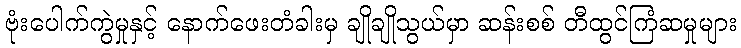
ဗုံးပေါက်ကွဲမှုနှင့် နောက်ဖေးတံခါးမှ ချိုချိုသွယ်မှာ ဆန်းစစ် တီထွင်ကြံဆမှုများ